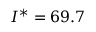
I ^ { * } = 6 9 . 7